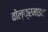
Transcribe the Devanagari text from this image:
वोल्फ्रमाइट